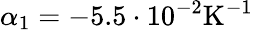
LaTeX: \alpha_{1}=-5.5\cdot 10^{-2}\mathrm{K}^{-1}